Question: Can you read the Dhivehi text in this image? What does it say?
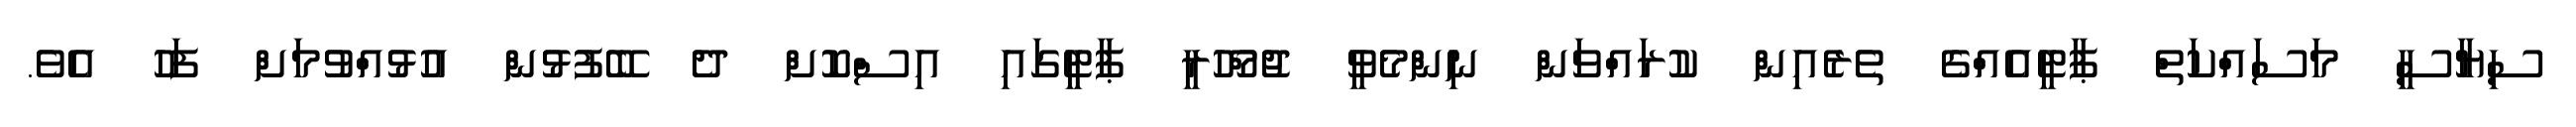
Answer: ސިޔާސީ މަސައްކަތް ޕާޓީއެއްގެ ތެރެއިން ކުރައްވަން ނިންމެވީ ޖުމްހޫރީ ޕާޓީގައި އިސްކޮށް ދެ ބޭފުޅުން އުޅުއްވުމަށް ފަހު އެވެ.